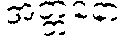
အတ္တနော